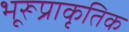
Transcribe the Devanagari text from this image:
भूरूप्राकृतिक